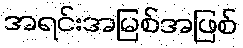
အရင်းအမြစ်အဖြစ်